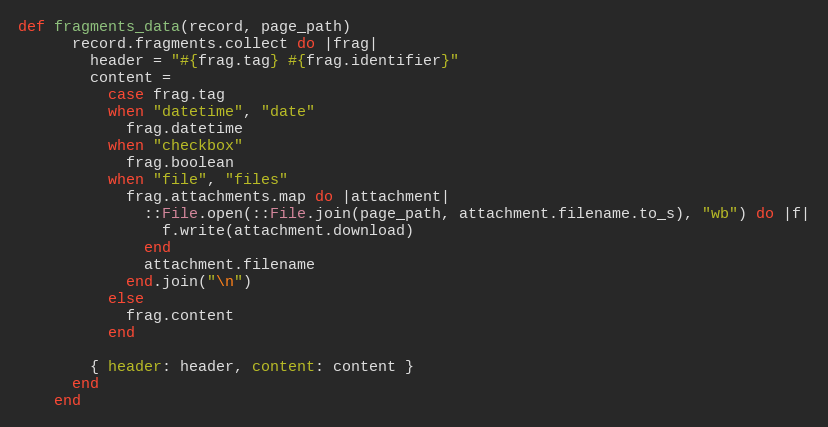
Language: Ruby
def fragments_data(record, page_path)
      record.fragments.collect do |frag|
        header = "#{frag.tag} #{frag.identifier}"
        content =
          case frag.tag
          when "datetime", "date"
            frag.datetime
          when "checkbox"
            frag.boolean
          when "file", "files"
            frag.attachments.map do |attachment|
              ::File.open(::File.join(page_path, attachment.filename.to_s), "wb") do |f|
                f.write(attachment.download)
              end
              attachment.filename
            end.join("\n")
          else
            frag.content
          end

        { header: header, content: content }
      end
    end